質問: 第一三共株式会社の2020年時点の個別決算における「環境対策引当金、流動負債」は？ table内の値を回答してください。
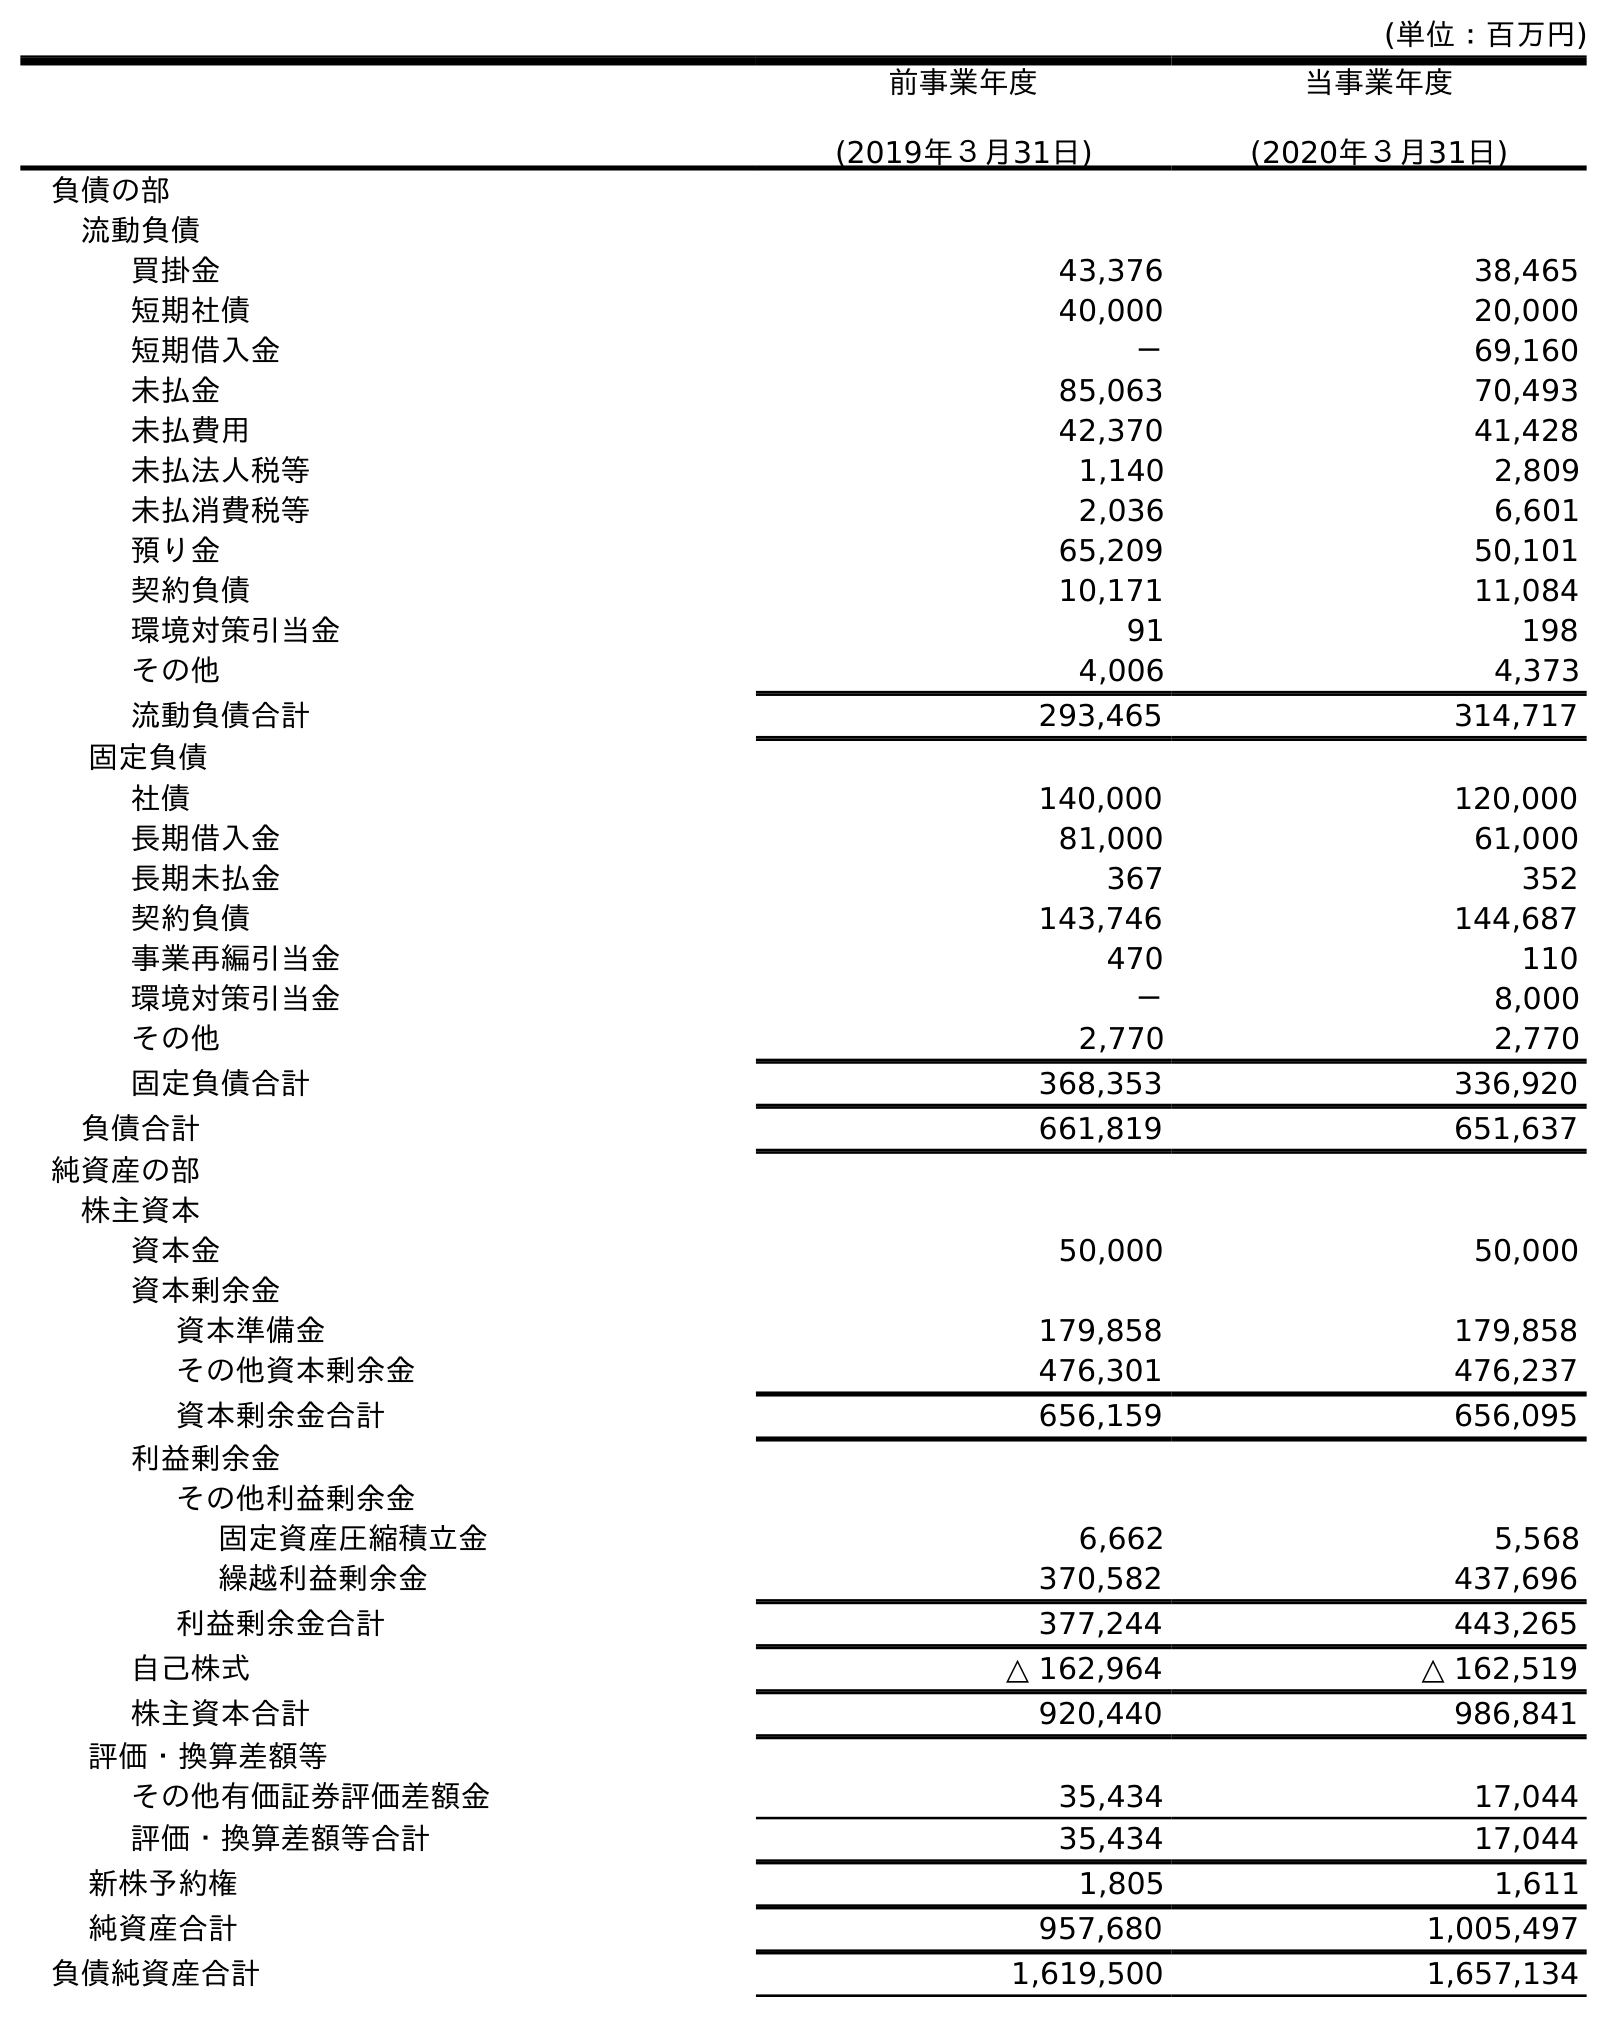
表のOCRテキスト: (単位：百万円) 前事業年度 (2019年３月31日) 当事業年度 (2020年３月31日) 負債の部 流動負債 買掛金 43,376 38,465 短期社債 40,000 20,000 短期借入金 － 69,160 未払金 85,063 70,493 未払費用 42,370 41,428 未払法人税等 1,140 2,809 未払消費税等 2,036 6,601 預り金 65,209 50,101 契約負債 10,171 11,084 環境対策引当金 91 198 その他 4,006 4,373 流動負債合計 293,465 314,717 固定負債 社債 140,000 120,000 長期借入金 81,000 61,000 長期未払金 367 352 契約負債 143,746 144,687 事業再編引当金 470 110 環境対策引当金 － 8,000 その他 2,770 2,770 固定負債合計 368,353 336,920 負債合計 661,819 651,637 純資産の部 株主資本 資本金 50,000 50,000 資本剰余金 資本準備金 179,858 179,858 その他資本剰余金 476,301 476,237 資本剰余金合計 656,159 656,095 利益剰余金 その他利益剰余金 固定資産圧縮積立金 6,662 5,568 繰越利益剰余金 370,582 437,696 利益剰余金合計 377,244 443,265 自己株式 △ 162,964 △ 162,519 株主資本合計 920,440 986,841 評価・換算差額等 その他有価証券評価差額金 35,434 17,044 評価・換算差額等合計 35,434 17,044 新株予約権 1,805 1,611 純資産合計 957,680 1,005,497 負債純資産合計 1,619,500 1,657,134
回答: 198